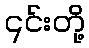
၎င်းတို့